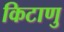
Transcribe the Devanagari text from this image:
किटाणु